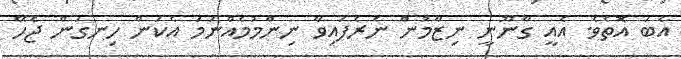
އެބަ އޮތެވެ. އެއީ ގާނޫނީ ނިޒާމުން ނެރެފައިވާ ނިންމުމެއްނަމަ އެކަން ހިނގަން ޖެހޭ